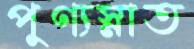
পুণ্যস্নাত